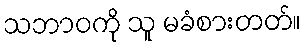
သဘာဝကို သူ မခံစားတတ်။